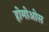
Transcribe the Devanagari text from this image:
होमोओस